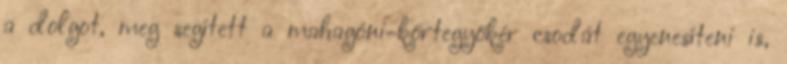
a dolgot, meg segített a mahagóni-körtegyökér csodát egyenesíteni is,